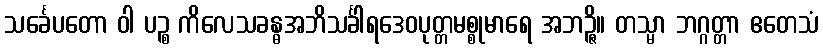
သင်္ခေပတော ဝါ ပဉ္စ ကိလေသခန္ဓအဘိသင်္ခါရဒေဝပုတ္တမစ္စုမာရေ အဘဉ္ဇိ။ တသ္မာ ဘဂ္ဂတ္တာ ဧတေသံ